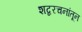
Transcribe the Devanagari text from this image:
शब्दरचनांतून